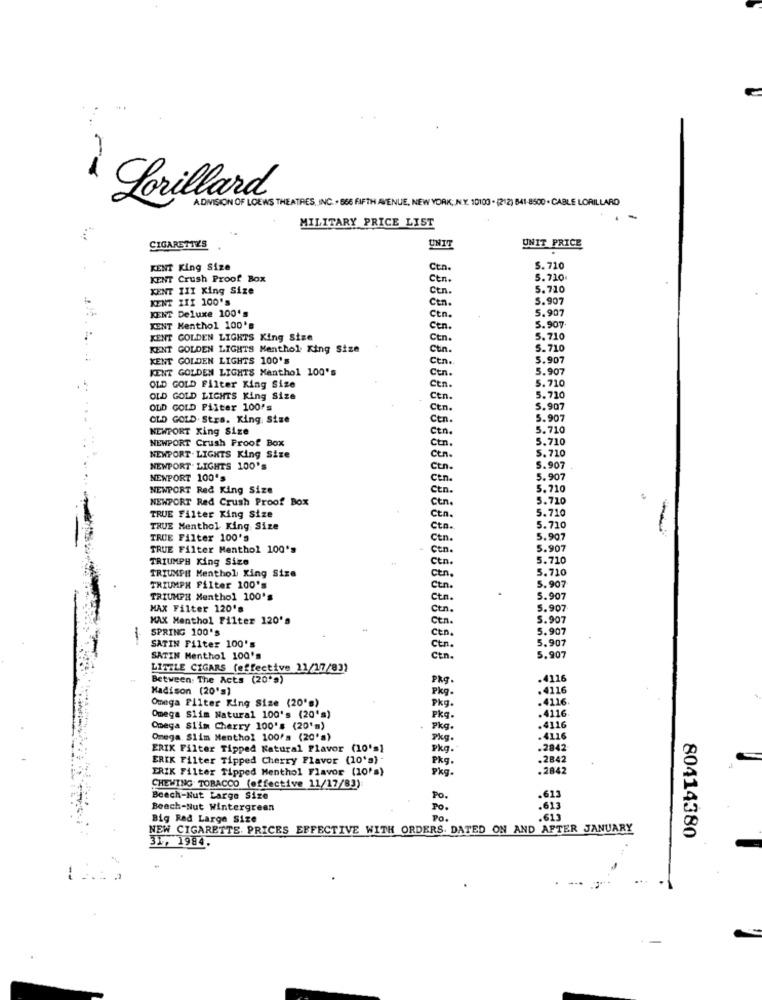
1
Lorillard
ADIVISION OF LOEWS THEATRES, INC. . 866 FIFTH AVENUE, NEW YORK; N.Y. 10103 . (212) 841-8500 . CABLE LORILLARD
MILITARY PRICE LIST
CIGARETTES
UNIT
UNIT PRICE
KENT King Size
Ctn.
S. 710
KENT Crush Proof Box
Cen.
5.710.
KENT III King Size
Ctn.
5.710
KENT ZIT 100'S
Ctn.
5.907
KENT Deluxe 100's
5.907
Ctn.
5.907
KENT Menthol 100's
Ctn.
KENT GOLDEN LIGHTS King Size
Ctn.
5.710
KENT GOLDEN LIGHTS Menthol King Size
Ctin.
5.710
KENT GOLDEN LIGHTS 100'S
Ctn.
5.907
KENT GOLDEN LIGHTS Menthol 100's
Ctn.
5.907
5.710
OLD GOLD Filter King Size
Ctn.
5.710
OLD GOLD LIGHTS King Size
Ctn.
OLD GOLD Filter 100's
Cen.
5.907
OLD GOLD. Stra. King Size
Ctn.
5.907
NEWPORT King Size
Ctn.
5.710
NEWPORT Crush Proof Box
Ctn.
5.710
5.710
NEWPORT. LIGHTS King Size
Cen.
NEWPORT. LIGHTS 100's
Ctn.
5.907
NEWPORT 100's
Cen.
5.907
NEWPORT Red King Size
Ctn.
5.710
NEWPORT Red Crush Proof Box
Ctn.
5.710
TRUE Filter King Size
5.710
Ctn.
TRUE Menthol King Size
Ctn.
5.710
TRUE Filter 100's
Ctn.
5.907
TRUE Filter Menthol 100's
Ctn.
5.907
TRIUMPH King Size
Ctn.
5.710
Cen.
5.710
TRIUMPH Menthol King Size
TRIUMPH Filter 100's
Ctn.
5.907
TRIUMPH Menthol 100's
Ctn.
5.907
MAX Filter 120's
Ctn.
5.907
MAX Menthol Filter 120's
Ctn.
5.907
SPRING 100's
5.907
-
SATIN Filter 100's
Cen.
5.907
Ctn.
SATIN Menthol 100's
Ctn.
5.907
LITTLE CIGARS (effective 11/17/83)
Between: The Acts (20's)
Pkg.
.4116
Madison (20's)
Pkg.
.4116
.4116
Omega Filter King Size (20's)
Pkg.
Omega Siim Natural 100's (20's)
Pkg .
.4116
Omega Slim Cherry 100's (20'm)
Pkg.
.4116
Omega. Siim Menthol 100's (20's)
Pkg.
.4116
ERIK Filter Tipped Natural Flavor (10's]
Pkg.
.2842
ERIK Filter Tipped Cherry Flavor (10'a) -
Pkg .
.2842
ERIK Filter Tipped Menthol Flavor (10's}
.2842
Pkg.
CHEWING TOBACCO (effective 11/17/83)
Beech-Nut Large Size
Po.
.623
Beach-Nut Wintergreen
Po .
613
Big Red Large Size
Po.
.615
NEW CIGARETTE PRICES EFFECTIVE WITH ORDERS. DATED ON AND AFTER JANUARY
31, 1984
80414380